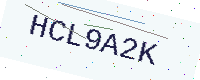
Text: HCL9A2K